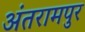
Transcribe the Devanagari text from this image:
अंतरामपुर